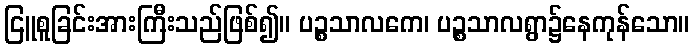
ငြူစူခြင်းအားကြီးသည်ဖြစ်၍။ ပဉ္စသာလကေ၊ ပဉ္စသာလရွာ၌နေကုန်သော။